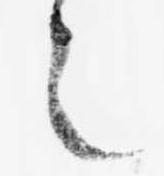
之